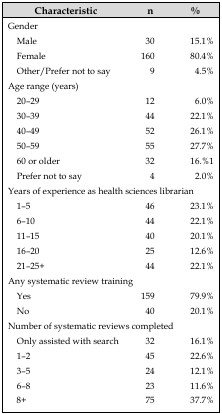
| Characteristic | n | % |
 | --- | --- | --- |
 | Gender |  |  |
 | Male | 30 | 15.1% |
 | Female | 160 | 80.4% |
 | Other/Prefer not to say | 9 | 4.5% |
 | Age range (years) |  |  |
 | 20–29 | 12 | 6.0% |
 | 30–39 | 44 | 22.1% |
 | 40–49 | 52 | 26.1% |
 | 50–59 | 55 | 27.7% |
 | 60 or older | 32 | 16.%1 |
 | Prefer not to say | 4 | 2.0% |
 | <COLSPAN=3> Years of experience as health sciences librarian |
 | 1–5 | 46 | 23.1% |
 | 6–10 | 44 | 22.1% |
 | 11–15 | 40 | 20.1% |
 | 16–20 | 25 | 12.6% |
 | 21–25+ | 44 | 22.1% |
 | <COLSPAN=3> Any systematic review training |
 | Yes | 159 | 79.9% |
 | No | 40 | 20.1% |
 | <COLSPAN=3> Number of systematic reviews completed |
 | Only assisted with search | 32 | 16.1% |
 | 1–2 | 45 | 22.6% |
 | 3–5 | 24 | 12.1% |
 | 6–8 | 23 | 11.6% |
 | 8+ | 75 | 37.7% |